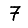
Digit: 7